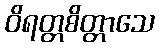
ဝိရတ္တစိတ္တာသေ